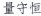
量守恒